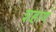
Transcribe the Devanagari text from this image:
शहाणं